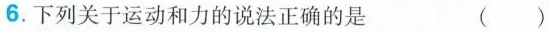
6.下列关于运动和力的说法正确的是 ()